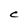
Character: C